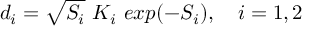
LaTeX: d _ { i } = \sqrt { S _ { i } } \ K _ { i } \ e x p ( - S _ { i } ) , \ \ \ i = 1 , 2